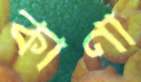
কাণা